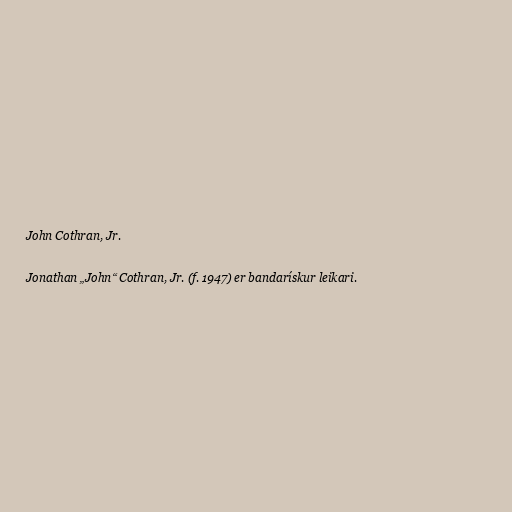
John Cothran, Jr.

Jonathan „John“ Cothran, Jr. (f. 1947) er bandarískur leikari.